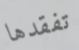
تفقدها